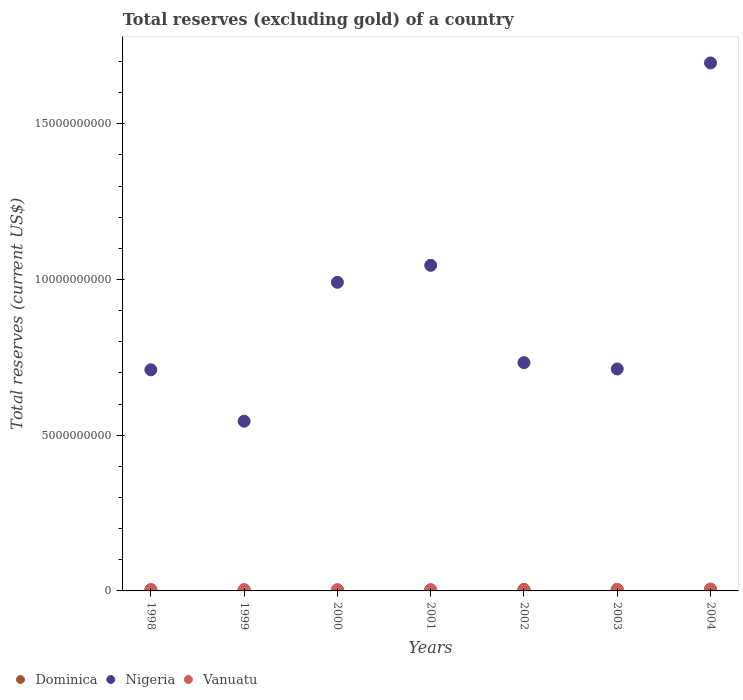
| Years | Dominica | Nigeria | Vanuatu |
 | --- | --- | --- | --- |
 | 1998 | 2.77e+07 | 7.1e+09 | 4.47e+07 |
 | 1999 | 3.16e+07 | 5.45e+09 | 4.14e+07 |
 | 2000 | 2.94e+07 | 9.91e+09 | 3.89e+07 |
 | 2001 | 3.12e+07 | 1.05e+10 | 3.77e+07 |
 | 2002 | 4.55e+07 | 7.33e+09 | 3.65e+07 |
 | 2003 | 4.77e+07 | 7.13e+09 | 4.38e+07 |
 | 2004 | 4.23e+07 | 1.7e+10 | 6.18e+07 |